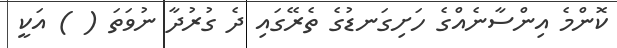
ކޮންމެ އިންސާނެއްގެ ހަށިގަނޑުގެ ތެރޭގައި ދެ ގުރުދާ ނުވަތަ ( ) އަކީ